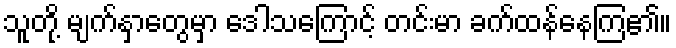
သူတို့ မျက်နှာတွေမှာ ဒေါသကြောင့် တင်းမာ ခက်ထန်နေကြ၏။